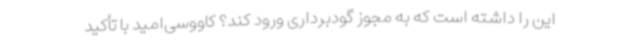
این را داشته است که به مجوز گودبرداری ورود کند؟ کاووسی‌امید با تأکید